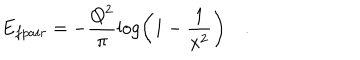
E _ { f p a i r } = - \frac { Q ^ { 2 } } { \pi } \log \left( 1 - \frac { 1 } { x ^ { 2 } } \right) \quad .